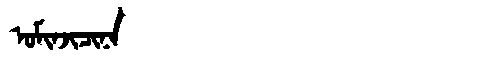
Manchu: ᠣᠮᡳᠨᠵᡳᠴᡳᠨᠠ
Romanization: OMINJICINA